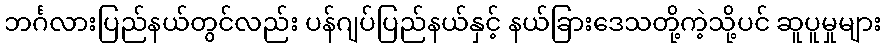
ဘင်္ဂလားပြည်နယ်တွင်လည်း ပန်ဂျပ်ပြည်နယ်နှင့် နယ်ခြားဒေသတို့ကဲ့သို့ပင် ဆူပူမှုများ